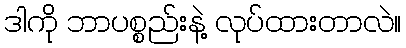
ဒါကို ဘာပစ္စည်းနဲ့ လုပ်ထားတာလဲ။